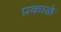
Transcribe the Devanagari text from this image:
प्रकाळे